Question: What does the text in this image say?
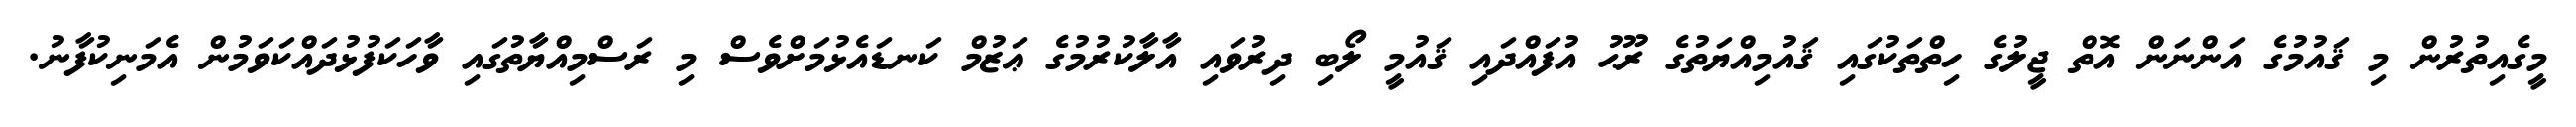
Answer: މީގެއިތުރުން މި ޤައުމުގެ އަންނަން އޮތް ޖީލުގެ ހިތްތަކުގައި ޤައުމިއްޔަތުގެ ރޫޙު އުފައްދައި ޤައުމީ ލޯބި ދިރުވައި އާލާކުރުމުގެ ޢަޒުމް ކަނޑައެޅުމަށްވެސް މި ރަސްމިއްޔާތުގައި ވާހަކަފުޅުދައްކަވަމުން އެމަނިކުފާނު.